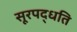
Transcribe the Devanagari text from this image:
सूरपद्धति